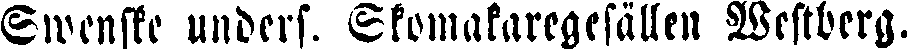
Swensse unders. Skomalaregesällen Westberg.